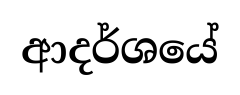
ආදර්ශයේ